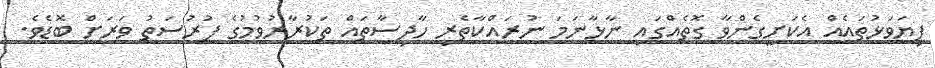
ފިޔަވަޅުތައެއް އެކަށީގެންވާ ގޮތެއްގައި ނާޅާނަމަ ނުރައްކާތެރި ހާދިސާތައް ތަކުރާރުވުމުގެ ފުރުސަތު ވަރަށް ބޮޑެވެ.